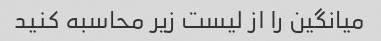
میانگین را از لیست زیر محاسبه کنید